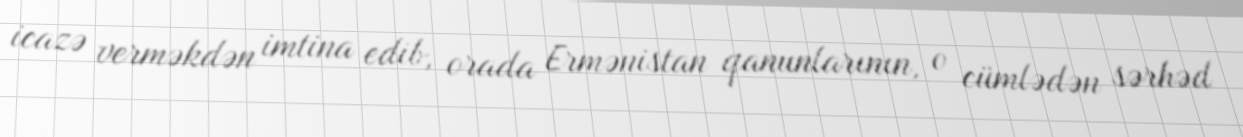
icazə verməkdən imtina edib, orada Ermənistan qanunlarının, o cümlədən sərhəd